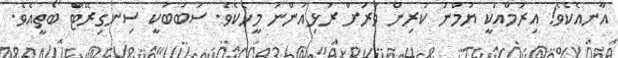
އާނއެކެވެ! އިރުމްއަކީ ޔުމްނު ކުރިން ވަރަށް ރުޅިއަންނަ މީހެކެވެ. ސަބަބަކީ ސިނގިރޭޓް ބޯތީއެވެ.